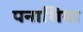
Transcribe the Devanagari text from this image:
पनाशिया